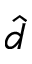
\hat { d }